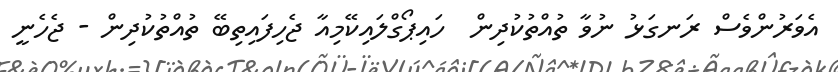
އެވަރުންވެސް ރަނގަޅު ނުވާ ތުއްތުކުދިން  ހައިޕޯގްލައިކޭމިއާ ޖެހިފައިތިބޭ ތުއްތުކުދިން - ޖެހެނީ